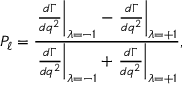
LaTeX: { \cal P } _ { \ell } = \frac { \left. \frac { d \Gamma } { d q ^ { 2 } } \right| _ { \lambda = - 1 } - \left. \frac { d \Gamma } { d q ^ { 2 } } \right| _ { \lambda = + 1 } } { \left. \frac { d \Gamma } { d q ^ { 2 } } \right| _ { \lambda = - 1 } + \left. \frac { d \Gamma } { d q ^ { 2 } } \right| _ { \lambda = + 1 } } ,